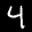
Label: 4